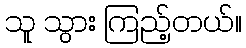
သူ သွား ကြည့်တယ်။